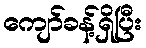
ကျော်ခန့်ရှိပြီး